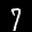
Label: 7